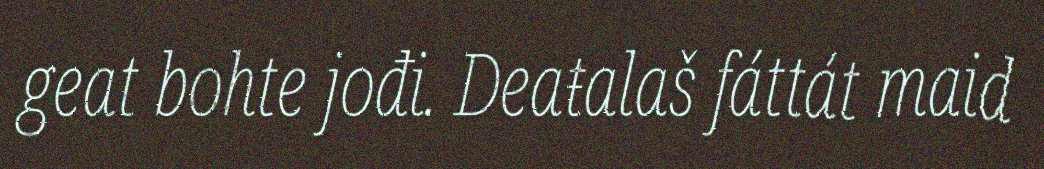
geat bohte jođi. Deaŧalaš fáttát maid